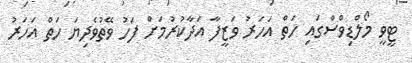
ޓީވީ މޯލްޑިވްސްގައި ހަތް އަހަރު ވަޒީފާ އަދާކުރުމަށް ފަހު ވޭތުވެދިޔަ ހަތް އަހަރު